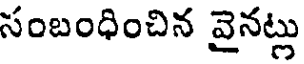
సంబంధించిన వైనట్లు